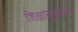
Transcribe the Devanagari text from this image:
शिक्षानुसंधान